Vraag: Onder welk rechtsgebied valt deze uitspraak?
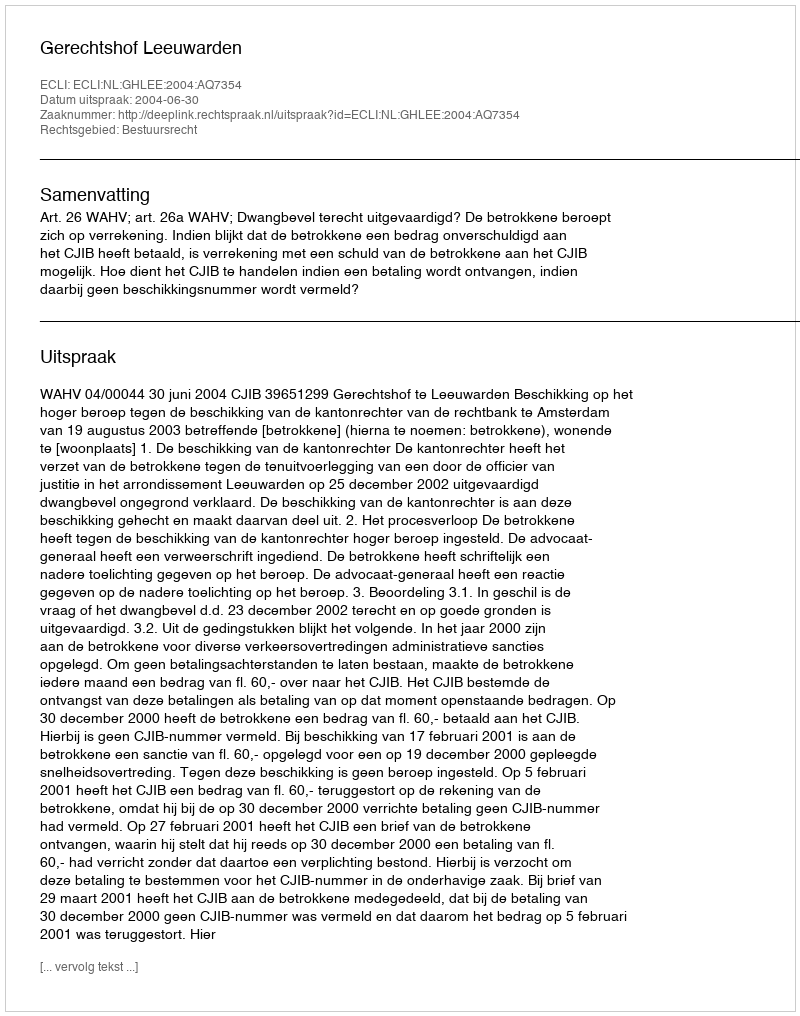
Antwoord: Bestuursrecht